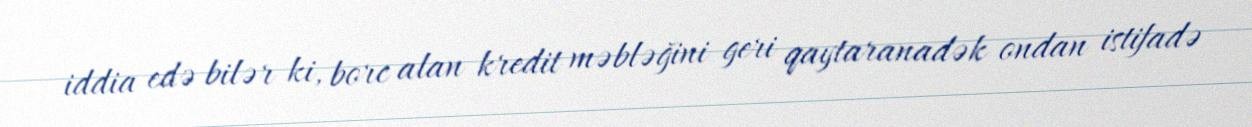
iddia edə bilər ki, borc alan kredit məbləğini geri qaytaranadək ondan istifadə